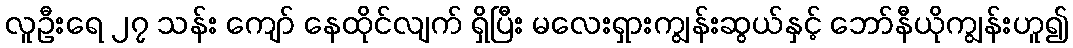
လူဦးရေ ၂၇ သန်း ကျော် နေထိုင်လျက် ရှိပြီး မလေးရှားကျွန်းဆွယ်နှင့် ဘော်နီယိုကျွန်းဟူ၍